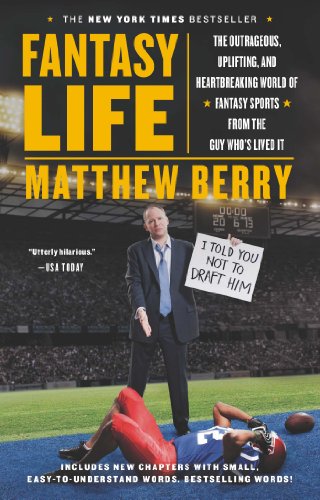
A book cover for Fantasy Life: The Outrageous, Uplifting, and Heartbreaking World of Fantasy Sports from the Guy Who's Lived It; Matthew Berry; Humor & Entertainment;